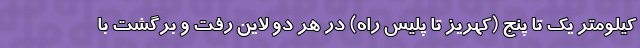
کیلومتر یک تا پنج (کهریز تا پلیس راه) در هر دو لاین رفت و برگشت با